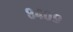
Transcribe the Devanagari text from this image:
८४०९